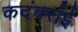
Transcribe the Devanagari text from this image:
कदंबर्राई